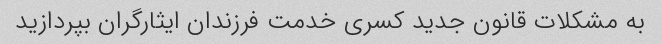
به مشکلات قانون جدید کسری خدمت فرزندان ایثارگران بپردازید